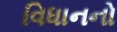
વિધાનનો